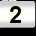
Digit: 2